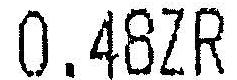
0.48ZR